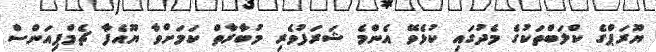
ޔޫރަޕްގެ ކްލަބްތަކުގެ މެދުގައި ކުޅެވޭ އެންމެ ޝަރަފުވެރި މުބާރާތް ކަމަށްވާ ޔޫއެފާ ޗެމްޕިއަންސް